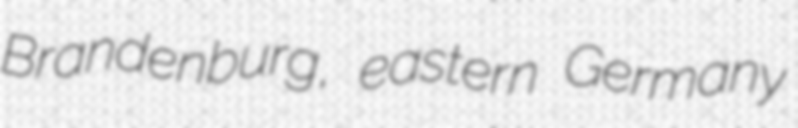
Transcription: Brandenburg, eastern Germany